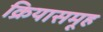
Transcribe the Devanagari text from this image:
क्रियासमूह